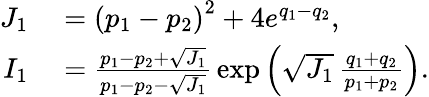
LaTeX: \begin{array}{rl}{J_{1}}&{{}=\left(p_{1}-p_{2}\right)^{2}+4e^{q_{1}-q_{2}},}\\ {I_{1}}&{{}=\frac{p_{1}-p_{2}+\sqrt{J_{1}}}{p_{1}-p_{2}-\sqrt{J_{1}}}\, \exp\left({\sqrt{J_{1}}\, \frac{q_{1}+q_{2}}{p_{1}+p_{2}}}\right).}\end{array}